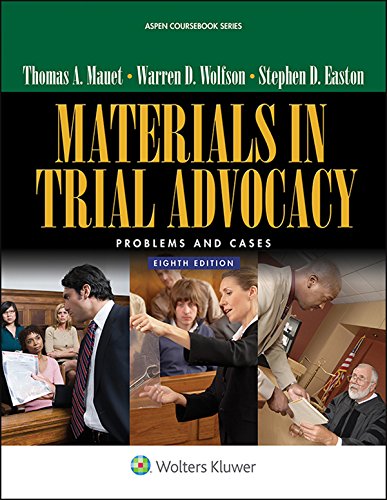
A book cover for Materials in Trial Advocacy: Problems & Cases (Aspen Coursebook); Thomas A. Mauet; Law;